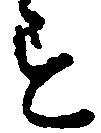
す